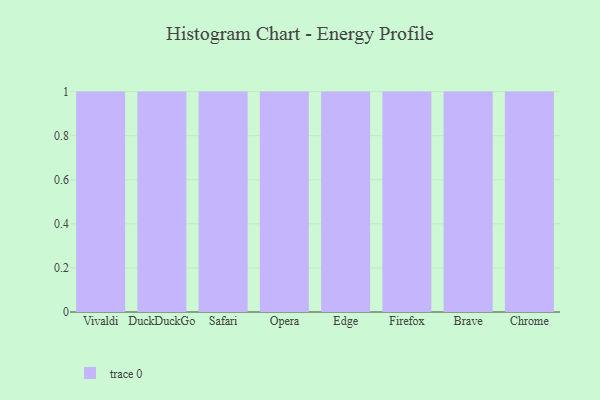
{"axis": {"x": "Browser", "y": "Budget (USD K)"}, "legend": [""], "data": [{"x": "Vivaldi", "y": 47, "type": ""}, {"x": "DuckDuckGo", "y": 68, "type": ""}, {"x": "Safari", "y": 22, "type": ""}, {"x": "Opera", "y": 34, "type": ""}, {"x": "Edge", "y": 34, "type": ""}, {"x": "Firefox", "y": 85, "type": ""}, {"x": "Brave", "y": 63, "type": ""}, {"x": "Chrome", "y": 23, "type": ""}]}